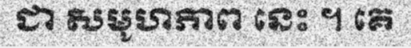
ជា សមូហភាព នេះ ។ គេ